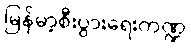
မြန်မာ့စီးပွားရေးကဏ္ဍ